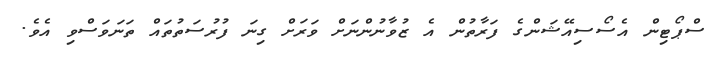
ސްޕޯޓިން އެސޯސިއޭޝަންގެ ފަރާތުން އެ ޒުވާނުންނަށް ވަރަށް ގިނަ ފުރުސަތުތައް ތަނަވަސްވި އެވެ.